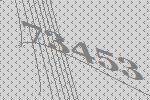
73453